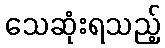
သေဆုံးရသည့်